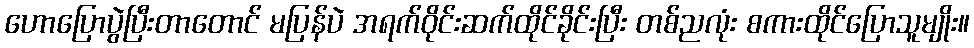
ဟောပြောပွဲပြီးတာတောင် မပြန်ပဲ အရက်ဝိုင်းဆက်ထိုင်ခိုင်းပြီး တစ်ညလုံး စကားထိုင်ပြောသူမျိုး။